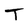
Character: T